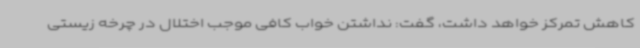
کاهش تمرکز خواهد داشت، گفت: نداشتن خواب کافی موجب اختلال در چرخه زیستی